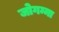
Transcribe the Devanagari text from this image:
जोगम्मा